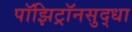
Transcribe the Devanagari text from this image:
पॉझिट्रॉनसुद्धा